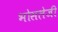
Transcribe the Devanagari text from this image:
भोसलेजी